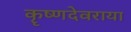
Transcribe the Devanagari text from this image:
कॄष्णदेवराया